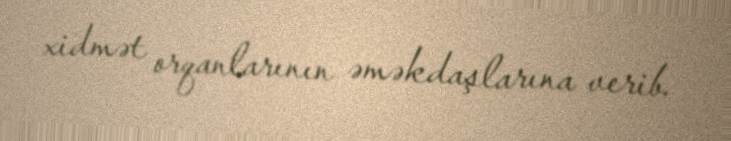
xidmət orqanlarının əməkdaşlarına verib.